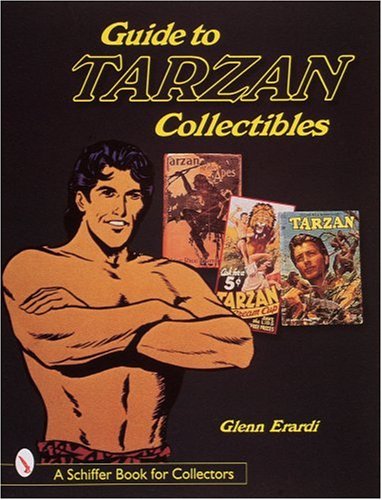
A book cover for Guide to Tarzan Collectibles (A Schiffer Book for Collectors); Glenn Erardi; Crafts, Hobbies & Home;